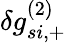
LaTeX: \delta g_{si,+}^{(2)}